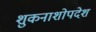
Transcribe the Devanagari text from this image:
शुकनाशोपदेश